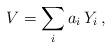
LaTeX: \begin{align*}V = \sum_i a_i \, Y_i \, , \end{align*}